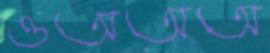
ওঅঅঅ